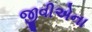
જીવીએના